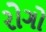
રોગો